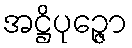
အဋ္ဌိပုဉ္ဇော